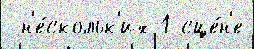
 н'е́скольк'их 1 сце́н'е